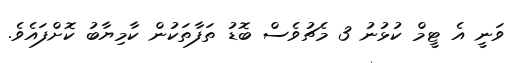
ވަނީ އެ ޓީމް ކުޅުނު 3 މެޗުވެސް ބޮޑު ތަފާތަކުން ކާމިޔާބު ކޮށްފައެވެ.